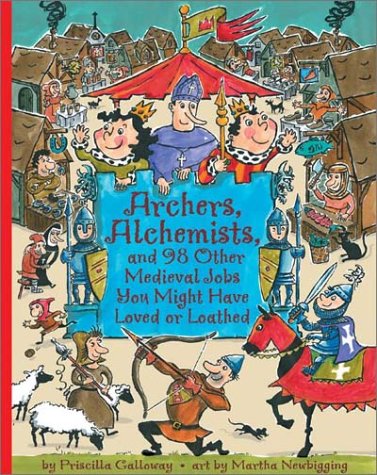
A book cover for Archers, Alchemists, and 98 Other Medieval Jobs You Might Have Loved or Loathed (Jobs in History); Priscilla Galloway; Children's Books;